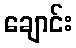
ချောင်း